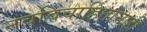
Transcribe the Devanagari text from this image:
नवविवाहितांनाही